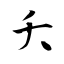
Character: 夭